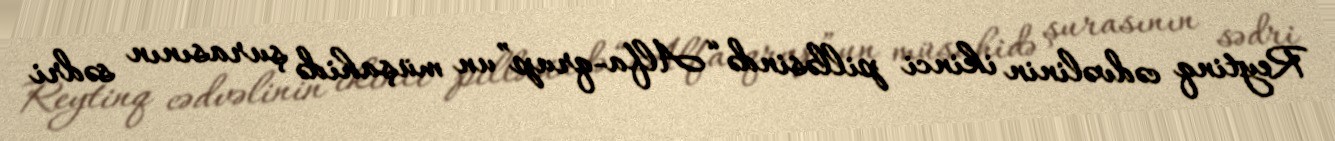
Reytinq cədvəlinin ikinci pilləsində “Alfa-qrup”un müşahidə şurasının sədri